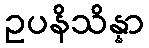
ဥပနိသိန္နာ